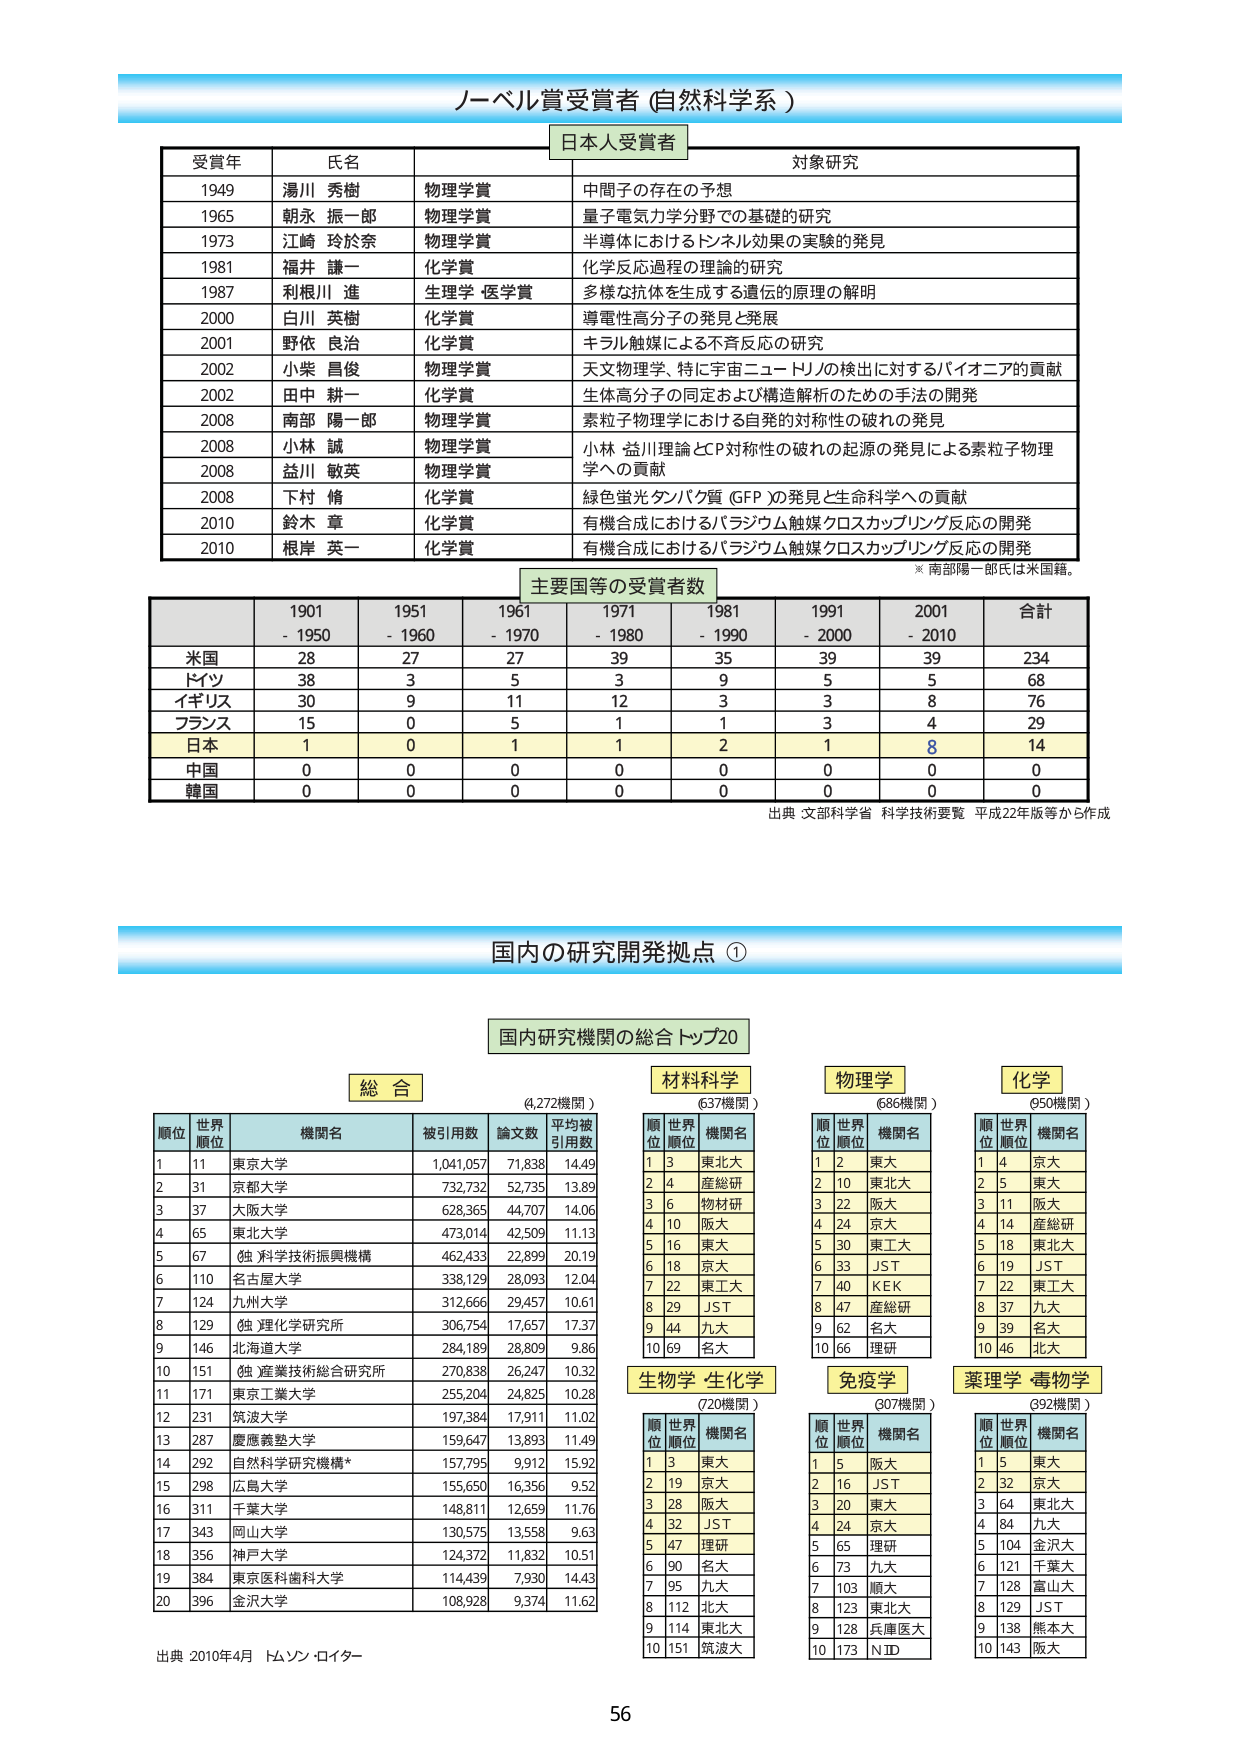
ノーベル賞受賞者 (自然科学系)

日本人受賞者

受賞年　氏名　　賞種　　対象研究
1949　　湯川 秀樹　物理学賞　中間子の存在の予想
1965　　朝永 振一郎　物理学賞　量子電気力学分野での基礎的研究
1973　　江崎 玲於奈　物理学賞　半導体におけるトンネル効果の実験的発見
1981　　福井 謙一　化学賞　化学反応過程の理論的研究
1987　　利根川 進　生理学・医学賞　多様な抗体を生成する遺伝的原理の解明
2000　　白川 英樹　化学賞　導電性高分子の発見と発展
2001　　野依 良治　化学賞　キラル触媒による不斉反応の研究
2002　　小柴 昌俊　物理学賞　天文物理学、特に宇宙ニュートリノの検出に対するパイオニア的貢献
2002　　田中 耕一　化学賞　生体高分子の同定および構造解析のための手法の開発
2008　　南部 陽一郎　物理学賞　素粒子物理学における自発的対称性の破れの発見
2008　　小林 誠　物理学賞　小林・益川理論とCP対称性の破れの起源の発見による素粒子物理学への貢献
2008　　益川 敏英　物理学賞　小林・益川理論とCP対称性の破れの起源の発見による素粒子物理学への貢献
2008　　下村 修　化学賞　緑色蛍光タンパク質（GFP）の発見と生命科学への貢献
2010　　鈴木 章　化学賞　有機合成におけるパラジウム触媒クロスカップリング反応の開発
2010　　根岸 英一　化学賞　有機合成におけるパラジウム触媒クロスカップリング反応の開発

※南部陽一郎氏は米国籍。

主要国等の受賞者数

　　　　　1901-1950　1951-1960　1961-1970　1971-1980　1981-1990　1991-2000　2001-2010　合計
米国　　　　28　　　　27　　　　27　　　　39　　　　35　　　　39　　　　39　　　　234
ドイツ　　　38　　　　3　　　　5　　　　3　　　　9　　　　5　　　　5　　　　68
イギリス　　30　　　　9　　　　11　　　　12　　　　3　　　　3　　　　8　　　　76
フランス　　15　　　　0　　　　5　　　　1　　　　1　　　　3　　　　4　　　　29
日本　　　　1　　　　0　　　　1　　　　1　　　　2　　　　1　　　　8　　　　14
中国　　　　0　　　　0　　　　0　　　　0　　　　0　　　　0　　　　0　　　　0
韓国　　　　0　　　　0　　　　0　　　　0　　　　0　　　　0　　　　0　　　　0

出典：文部科学省 科学技術要覧 平成22年版等から作成

国内の研究開発拠点 ①

国内研究機関の総合トップ20

総合　（4,272機関）

順位　世界順位　機関名　　被引用数　論文数　平均被引用数
1　　　11　　　東京大学　　1,041,057　71,838　14.49
2　　　31　　　京都大学　　732,732　　52,735　13.89
3　　　37　　　大阪大学　　628,365　　44,707　14.06
4　　　65　　　東北大　　　473,014　　42,509　11.13
5　　　67　　　独 科学技術振興機構　462,433　22,899　20.19
6　　　110　　　名古屋大学　338,129　　28,093　12.04
7　　　124　　　九州大学　　312,666　　29,457　10.61
8　　　129　　　独 理化学研究所　306,754　17,657　17.37
9　　　146　　　北海道大学　284,189　　28,809　9.86
10　　　151　　　独 産業技術総合研究所　270,838　26,247　10.32
11　　　171　　　東京工業大学　255,204　24,825　10.28
12　　　231　　　筑波大学　　197,384　　17,911　11.02
13　　　287　　　慶應義塾大学　159,647　13,893　11.49
14　　　292　　　自然科学研究機構*　157,795　9,912　15.92
15　　　298　　　広島大学　　155,650　　16,356　9.52
16　　　311　　　千葉大学　　148,811　　12,659　11.76
17　　　343　　　岡山大学　　130,575　　13,558　9.63
18　　　356　　　神戸大学　　124,372　　11,832　10.51
19　　　384　　　東京医科歯科大学　114,439　7,930　14.43
20　　　396　　　金沢大学　　108,928　　9,374　11.62

材料科学　（637機関）

順位　世界順位　機関名
1　　　3　　　東北大
2　　　4　　　産総研
3　　　6　　　物材研
4　　　10　　　阪大
5　　　16　　　東大
6　　　18　　　京大
7　　　22　　　東工大
8　　　29　　　JST
9　　　44　　　九大
10　　　69　　　名大

物理学　（686機関）

順位　世界順位　機関名
1　　　2　　　東大
2　　　10　　　東北大
3　　　22　　　阪大
4　　　24　　　京大
5　　　30　　　東工大
6　　　33　　　JST
7　　　40　　　KEK
8　　　47　　　産総研
9　　　62　　　名大
10　　　66　　　理研

化学　（950機関）

順位　世界順位　機関名
1　　　4　　　京大
2　　　5　　　東大
3　　　11　　　阪大
4　　　14　　　産総研
5　　　18　　　東北大
6　　　19　　　JST
7　　　22　　　東工大
8　　　37　　　九大
9　　　39　　　名大
10　　　46　　　北大

生物学・生化学　（720機関）

順位　世界順位　機関名
1　　　3　　　東大
2　　　19　　　京大
3　　　28　　　阪大
4　　　32　　　JST
5　　　47　　　理研
6　　　90　　　名大
7　　　95　　　九大
8　　　112　　　北大
9　　　114　　　東北大
10　　　151　　　筑波大

免疫学　（907機関）

順位　世界順位　機関名
1　　　5　　　阪大
2　　　16　　　JST
3　　　20　　　東大
4　　　24　　　京大
5　　　65　　　理研
6　　　73　　　九大
7　　　103　　　順大
8　　　123　　　東北大
9　　　128　　　兵庫医大
10　　　173　　　NID

薬理学・毒物学　（992機関）

順位　世界順位　機関名
1　　　5　　　東大
2　　　32　　　京大
3　　　64　　　東北大
4　　　84　　　九大
5　　　104　　　金沢大
6　　　121　　　千葉大
7　　　128　　　富山大
8　　　129　　　JST
9　　　138　　　熊本大
10　　　143　　　阪大

出典：2010年4月 ドムソン・ロイター

56